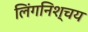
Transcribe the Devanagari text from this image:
लिंगनिश्चय